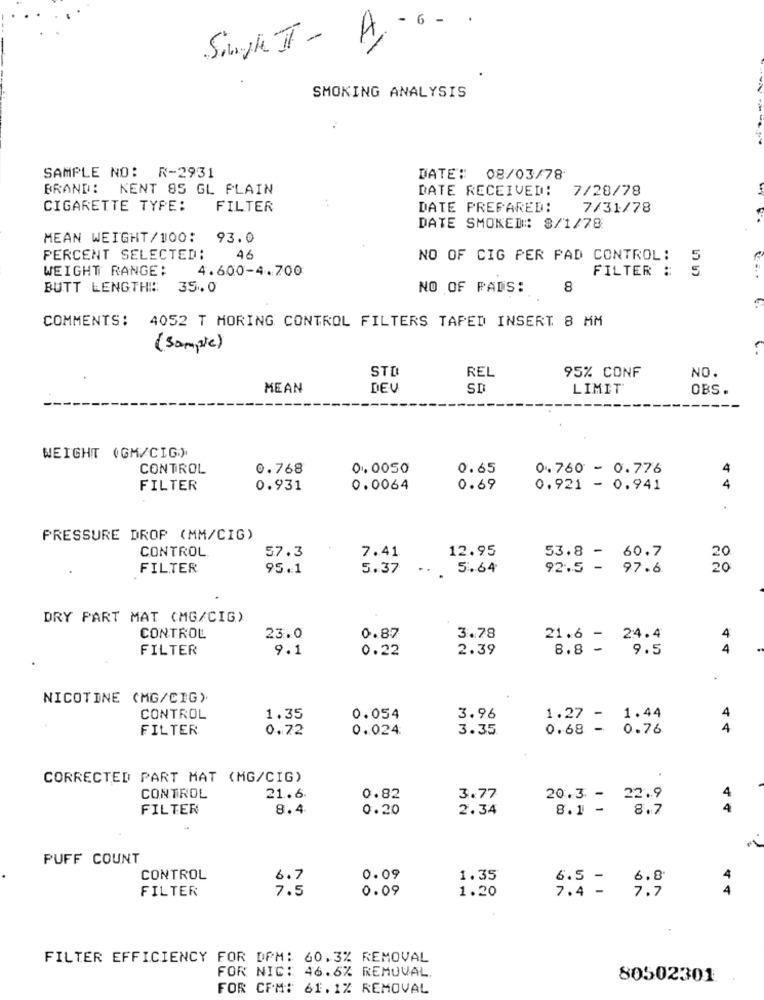
6 -
A-
SMOKING ANALYSIS
SAMPLE NO: R-2931
DATE: 08/03/78
BRAND: KENT 85 GL PLAIN
DATE RECEIVED:
7/28/78
CIGARETTE TYPE:
FILTER
DATE PREPARED:
7/31/78
DATE SMOKED: 8/1/78
MEAN WEIGHT/100: 93.0
PERCENT SELECTED:
46
NO OF CIG PER PAD CONTROL:
5
WEIGHT RANGE:
4.600-4.700
FILTER :
5
BUTT LENGTH :: 35.0
NO OF FADS:
8
COMMENTS: 4052 T MORING CONTROL FILTERS TAPED INSERT 8 MM
(sample)
STO
REL
95% CONF
NO.
MEAN
DEV
SD
LIMIT
OBS.
WEIGHT (GM/CIG)
CONTROL
0.768
0.0050
0.65
0.760 - 0.776
FILTER
0.931
0.0064
0.69
0.921 - 0.941
44
PRESSURE DROP (MM/CIG)
CONTROL
57.3
7.41
12.95
53.8 - 60.7
20
FILTER
95.1
5.37
..
5.64
92.5 -
97.6
DRY PART MAT (MG/CIG)
0.87
CONTROL
23.0
3.78
21.6 - 24.4
4
FILTER
9.1
0.22
2.39
8.8 -
9.5
4
NICOTINE (MG/CIG)
CONTROL
1.35
0.054
3.96
1.27 - 1.44
4
FILTER
0.72
0.024
3.35
0.68 - 0.76
4
CORRECTED PART MAT (MG/CIG)
CONTROL
21.6
0.82
3.77
20.3 - 22.9
4
FILTER
8.4
0.20
2.34
8.1 -
8.7
4
PUFF COUNT
CONTROL
6.7
0.09
1.35
6.5 -
6.8
4
FILTER
7.5
0.09
1.20
7.7
4
7.4 -
FILTER EFFICIENCY FOR DPM: 60.3% REMOVAL
FOR NIC: 46.6% REMOVAL.
80502301
FOR CPM: 61.1% REMOVAL